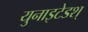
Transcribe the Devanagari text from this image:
युनाइटेडश्